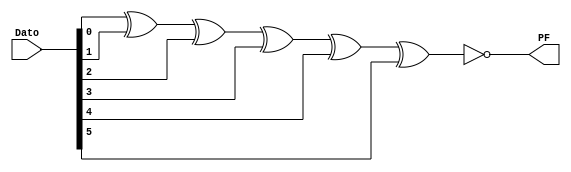
module MOD_BANDERA_PF(
    input [5:0] Dato,
    output PF
    );
    
    assign PF = ~(Dato[0]^Dato[1]^Dato[2]^Dato[3]^Dato[4]^Dato[5]);
    
endmodule